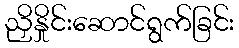
ညှိနှိုင်းဆောင်ရွက်ခြင်း